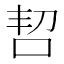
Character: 𫩬